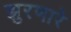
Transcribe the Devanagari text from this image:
झुरणारे